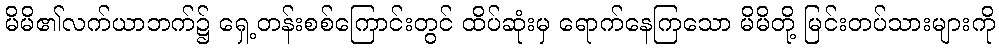
မိမိ၏လက်ယာဘက်၌ ရှေ့တန်းစစ်ကြောင်းတွင် ထိပ်ဆုံးမှ ရောက်နေကြသော မိမိတို့ မြင်းတပ်သားများကို